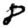
Digit: 8